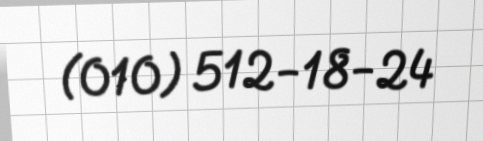
(010) 512-18-24